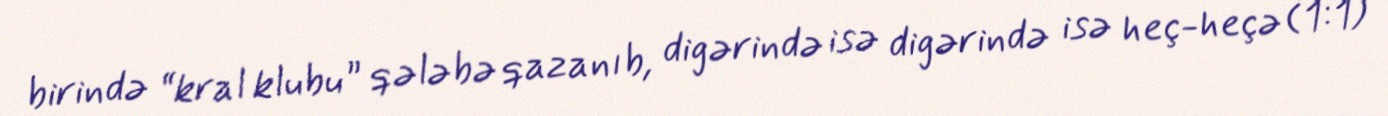
birində “kral klubu” qələbə qazanıb, digərində isə digərində isə heç-heçə (1:1)